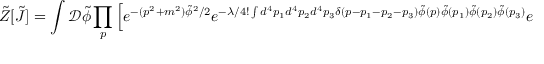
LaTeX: { \tilde { Z } } [ { \tilde { J } } ] = \int { \mathcal { D } } { \tilde { \phi } } \prod _ { p } \left[ e ^ { - ( p ^ { 2 } + m ^ { 2 } ) { \tilde { \phi } } ^ { 2 } / 2 } e ^ { - \lambda / 4 ! \int d ^ { 4 } p _ { 1 } d ^ { 4 } p _ { 2 } d ^ { 4 } p _ { 3 } \delta ( p - p _ { 1 } - p _ { 2 } - p _ { 3 } ) { \tilde { \phi } } ( p ) { \tilde { \phi } } ( p _ { 1 } ) { \tilde { \phi } } ( p _ { 2 } ) { \tilde { \phi } } ( p _ { 3 } ) } e ^ { { \tilde { J } } { \tilde { \phi } } } \right] .